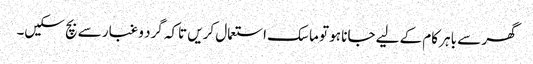
گھر سے باہر کام کے لیے جانا ہو تو ماسک استعمال کریں تاکہ گرد و غبار سے بچ سکیں۔